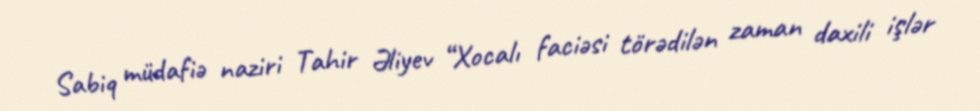
Sabiq müdafiə naziri Tahir Əliyev “Xocalı faciəsi törədilən zaman daxili işlər